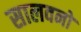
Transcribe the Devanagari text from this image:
सालवनो